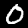
Label: 0